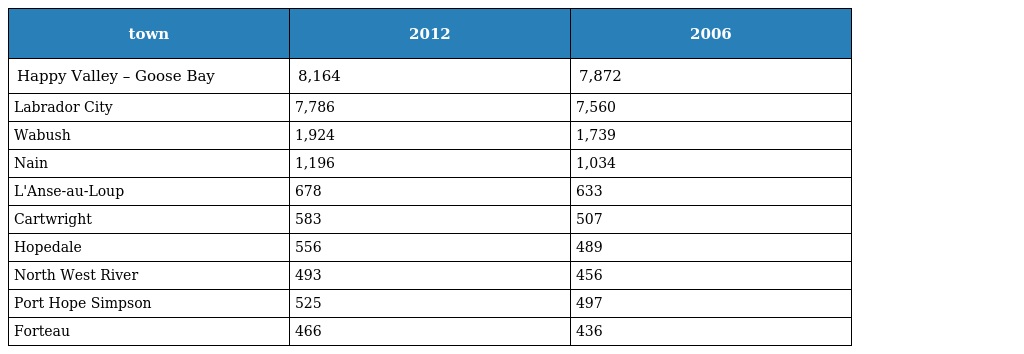
| town | 2012 | 2006 |
 | --- | --- | --- |
 | Happy Valley – Goose Bay | 8,164 | 7,872 |
 | Labrador City | 7,786 | 7,560 |
 | Wabush | 1,924 | 1,739 |
 | Nain | 1,196 | 1,034 |
 | L'Anse-au-Loup | 678 | 633 |
 | Cartwright | 583 | 507 |
 | Hopedale | 556 | 489 |
 | North West River | 493 | 456 |
 | Port Hope Simpson | 525 | 497 |
 | Forteau | 466 | 436 |